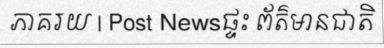
ភាគរយ | Post Newsផ្ទះ ព័ត៌មានជាតិ